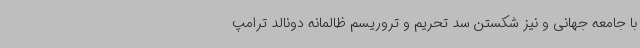
با جامعه جهانی و نیز شکستن سد تحریم و تروریسم ظالمانه دونالد ترامپ